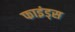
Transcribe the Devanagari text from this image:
फाइंड्स